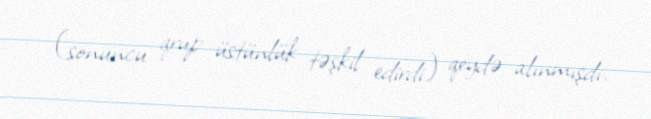
(sonuncu qrup üstünlük təşkil edirdi) qeydə alınmışdı.